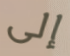
إلى